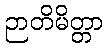
ဉာတိမိတ္တာ